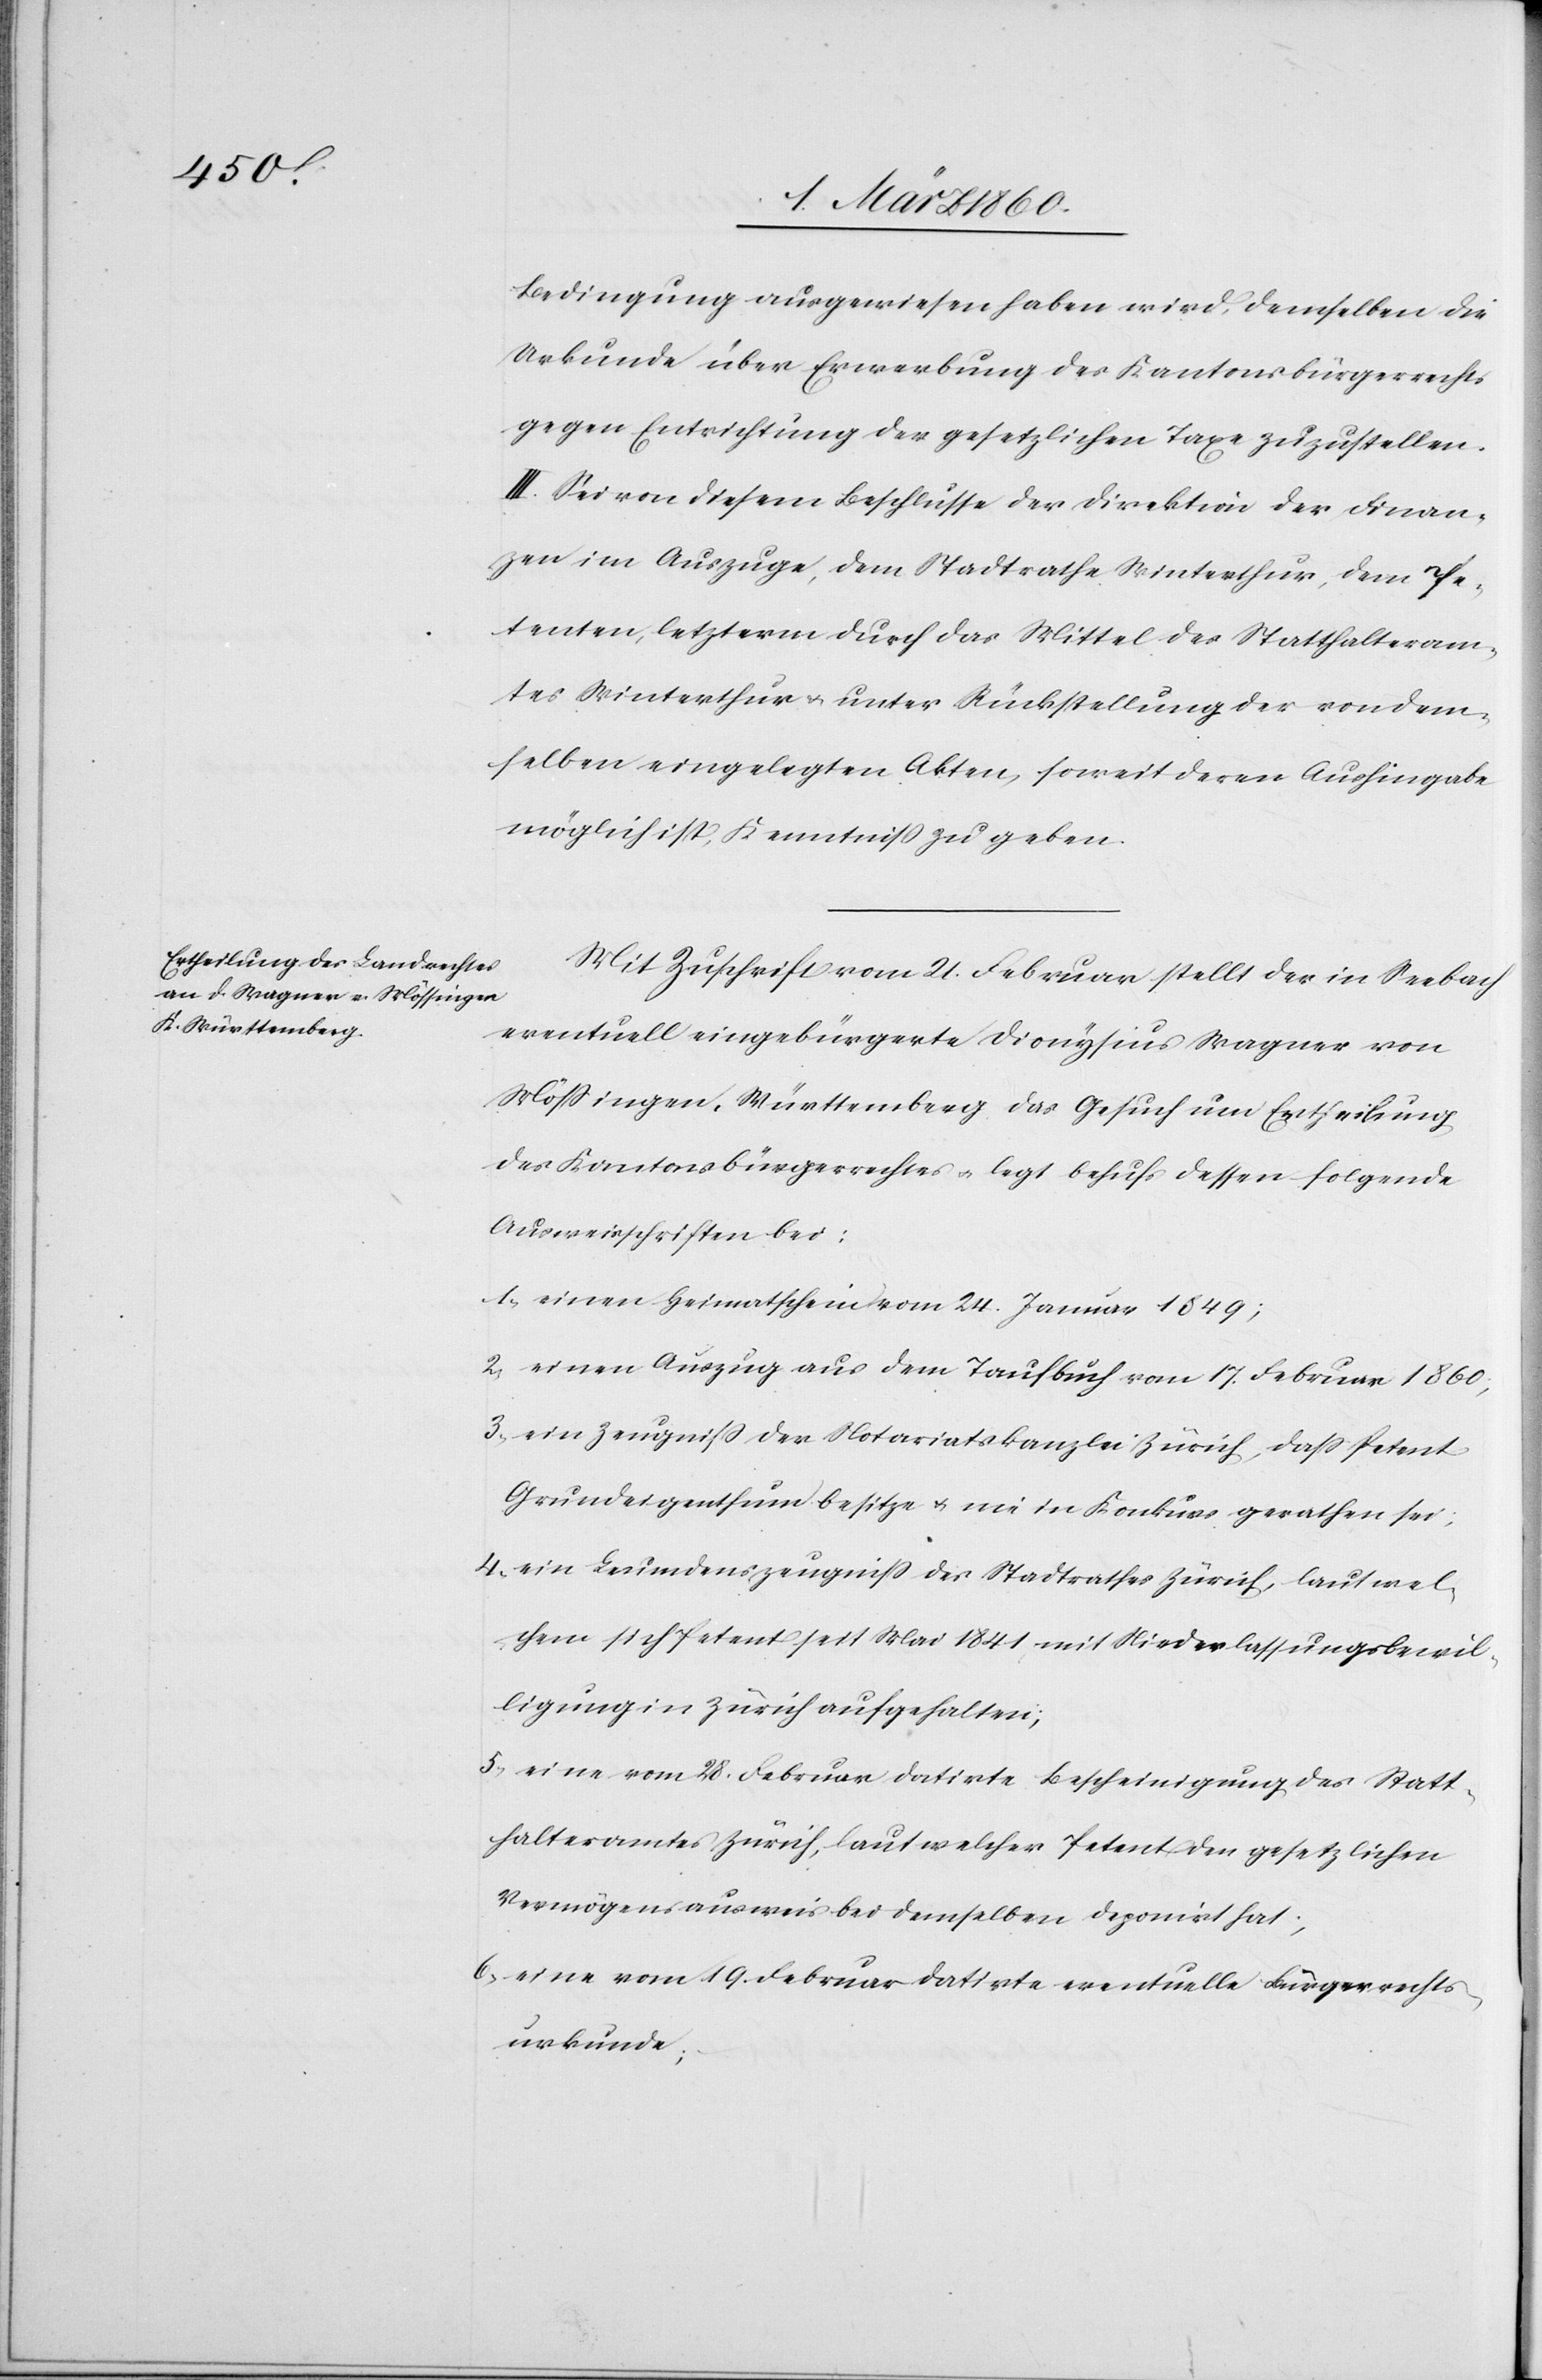
Bedingung ausgewiesen haben wird, demselben die
Urkunde über Erwebung des Kantonsbürgerrechts
gegen Entrichtung der gesetzlichen Taxe zuzustellen.
III. Sei von diesem Beschlusse der Direktion der Finan¬
zen im Auszuge, dem Stadtrathe Winterthur, dem Pe¬
tenten, letzterm durch das Mittel des Statthalteram¬
tes Winterthur u. unter Rückstellung der von dem¬
selben eingelegten Akten, soweit deren Aushingabe
möglich ist, Kenntniß zu geben.
Mit Zuschrift vom 21. Februar stellt der in Seebach
eventuell eingebürgerte Dionysius Wagner von
Mössingen, Württemberg das Gesuch um Ertheilung
des Kantonsbürgerrechtes u. legt behufs dessen folgende
Ausweisschriften bei:
1. einen Heimatschein vom 24. Januar 1849;
2. einen Auszug aus dem Taufbuch vom 17. Februar 1860;
3. ein Zeugniss der Notariatskanzlei Zürich, dass Petent
Grundeigenthum besitze u. nie in Konkurs gerathen sei;
4. ein Leumdenszeugniss des Stadtrathes Zürich, laut wel¬
chem sich Petent seit Mai 1841 mit Niederlassungsbewil¬
ligung in Zürich aufgehalten;
5. eine vom 28. Februar datirte Bescheinigung des Statt¬
halteramtes Zürich, laut welcher Petent den gesetzlichen
Vermögensausweis bei demselben deponirt hat;
6. eine vom 19. Februar datirte eventuelle Bürgerrechts¬
urkunde;